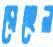
রেহেল